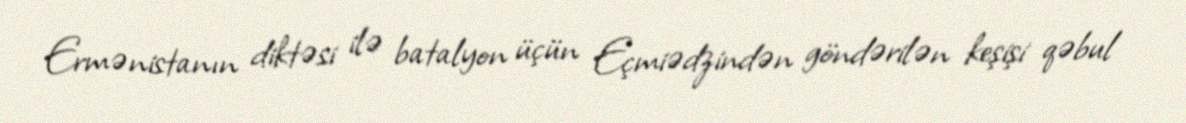
Ermənistanın diktəsi ilə batalyon üçün Eçmiədzindən göndərilən keşişi qəbul